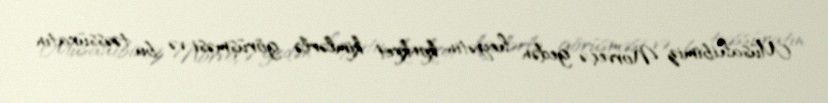
Müsahibimiz Norveçə gedən heyətin konkret kimlərlə görüşməsi və bu təəssüratın